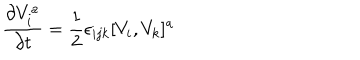
{ \frac { \partial V _ { i } ^ { a } } { \partial t } } = { \frac { 1 } { 2 } } \epsilon _ { i j k } [ V _ { i } , V _ { k } ] ^ { a }